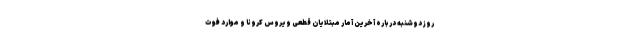
روز دوشنبه درباره آخرین آمار مبتلایان قطعی ویروس کرونا و موارد فوت